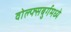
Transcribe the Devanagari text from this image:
वोल्फ्सबुर्गमध्ये